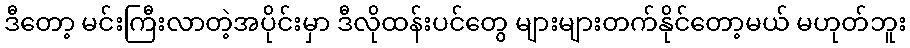
ဒီတော့ မင်းကြီးလာတဲ့အပိုင်းမှာ ဒီလိုထန်းပင်တွေ များများတက်နိုင်တော့မယ် မဟုတ်ဘူး